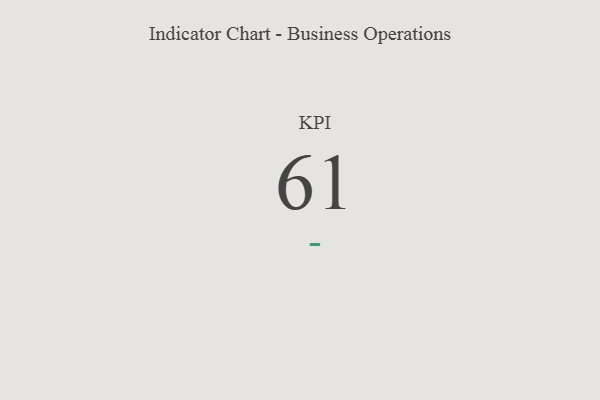
{"axis": {"x": "KPI", "y": "Value"}, "legend": [""], "data": [{"x": "KPI", "y": 61, "type": ""}]}